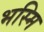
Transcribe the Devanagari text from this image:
भस्मि